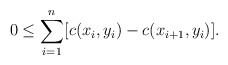
\begin{align*}0\leq\sum_{i=1}^n [c(x_i,y_i)-c(x_{i+1},y_i)].\end{align*}